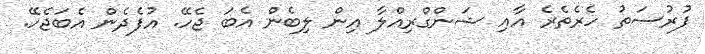
ފުރުސަތު ހެރެތެރެ އާއި ޝަންގްރިއްލާ އިން ލިބެން އެބަ ޖެހޭ. އުފެދެން އެބަޖެހޭ.